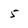
Character: 5